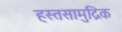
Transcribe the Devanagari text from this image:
हस्तसामुद्रिक